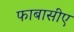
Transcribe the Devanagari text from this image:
फाबासीए